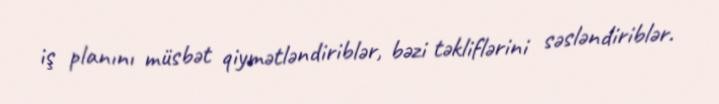
iş planını müsbət qiymətləndiriblər, bəzi təkliflərini səsləndiriblər.